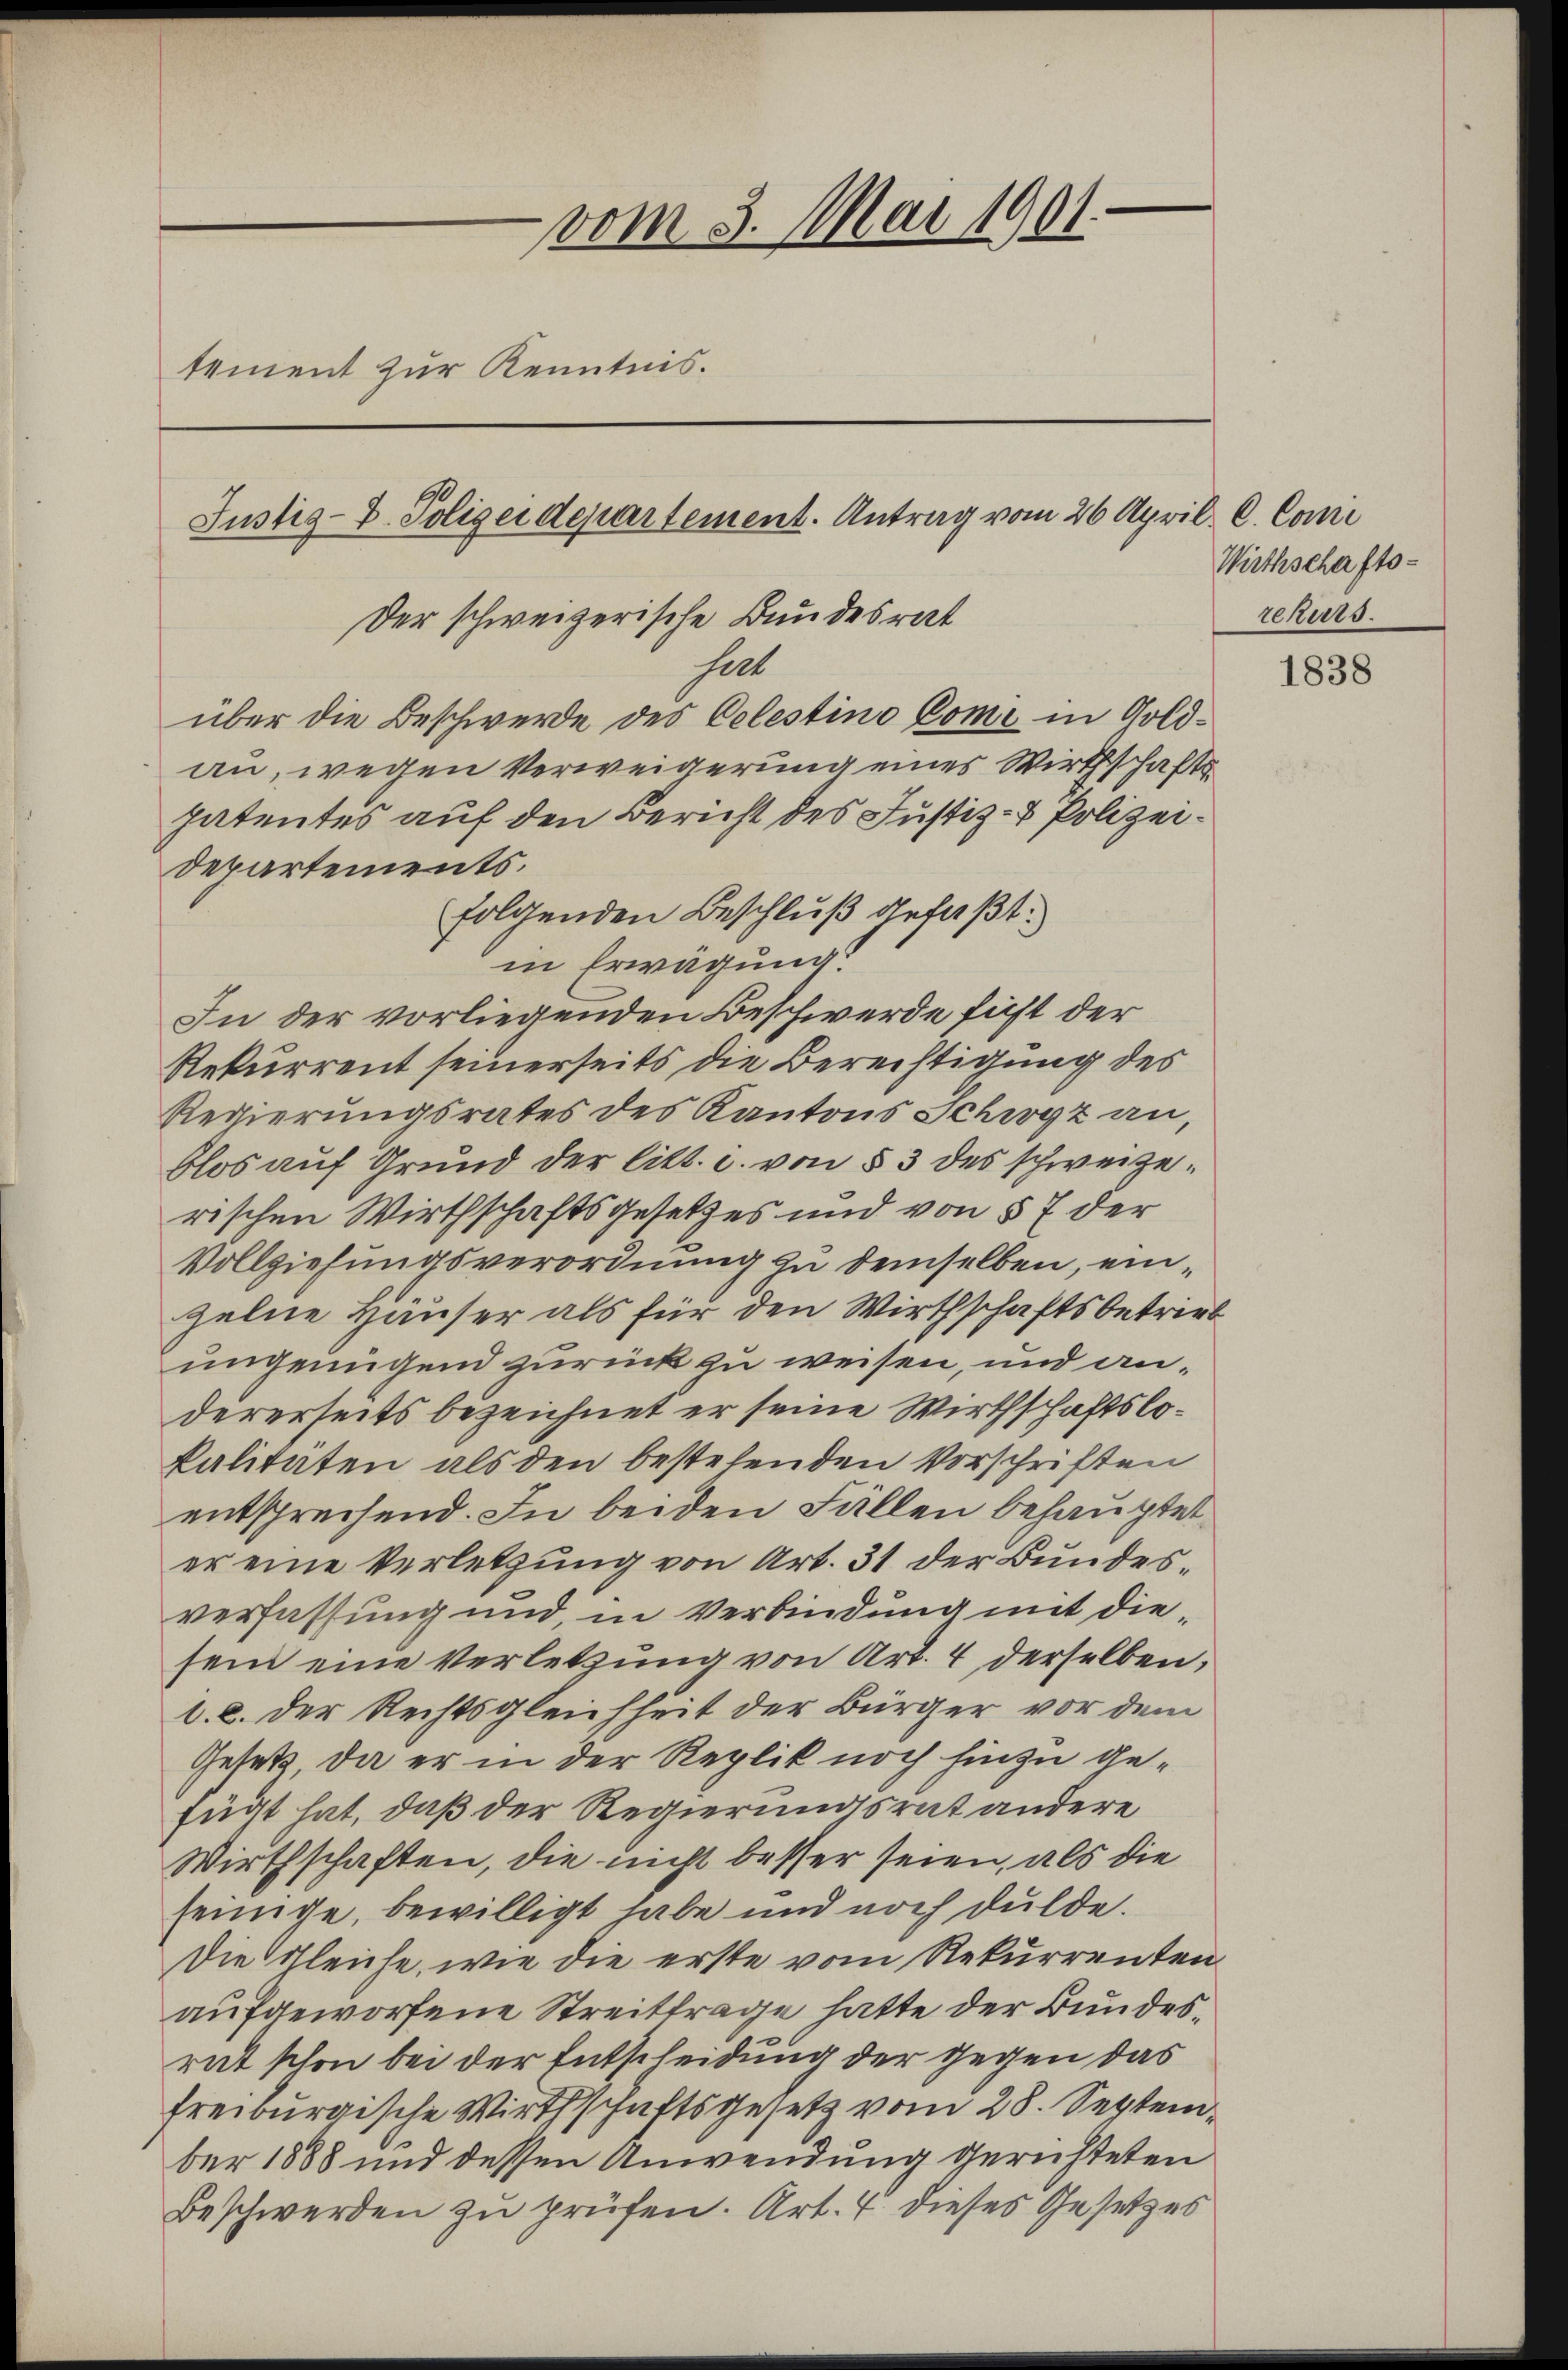
vom 3. Mai 1901.
tement zur Kenntnis.
Justiz-V. Polizeidepartement. Antrag vom 26. Apr
Der schweizerische Bundesrat
halt
über die Beschwerde des Celestino Come in Goldan, wegen Verweigerung eines Wirthschafts
patentes auf den Bericht des Justiz- & Polizei¬

in Erwägung.
In der vorliegenden Beschwerde ficht der
Rekurrent seinerseits die Berechtigung des
Regierungsrates des Kantons Schwyz an,
blos auf Grund der litt. c. von § 3 des schweizerischen Wirthschaftsgesetzes und von § 7 der
Vollziehungsverordnung zu demselben, einzelne Häuser als für den Wirthschaftsbetrieb
ungenügend zurück zu weisen, und andererseits bezeichnet er seine Wirthschaftslokalitäten als den bestehenden Vorschriften
entsprechend. In beiden Fällen behauptet,
er eine Verletzung von Art. 31 der Bundesverfassung und, in Verbindung mit diesein eine Verletzung von Art. 4 derselben,
1.8. Der Rechtsgleichheit der Bürger vor dem
Gesetz, da er in der Replik noch hinzu gefügt hat, daß der Regierungsrat andere
Wirthschaften, die nicht besser seien, als die
seinige, bewilligt habe und noch dulde.
Die Gleiche, wie die erste vom Rekurrenten
aufgeworfene Streittrage hatte der Bundesrat schon bei der Entscheidung der gegen das
freiburgische Wirthschaftsgesetz vom 28. September 1888 und dessen Anwendung gerichteten
Beschwerden zu prüfen. Art. 4 dieses Gesetzes

Departements.

folgenden Beschluß gefaßt:

il. C. Commi
Wirthschafts-
rekurs.

1838